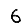
Digit: 6